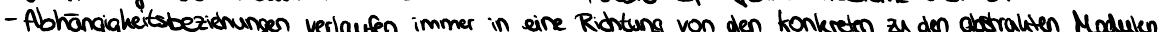
- Abhängigkeitsbeziehungen verlaufen immer in eine Richtung von den konkreten zu den abstrakten Modulen